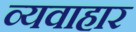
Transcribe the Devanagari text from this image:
व्यवाहार